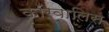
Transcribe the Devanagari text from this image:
कॉरवालिस